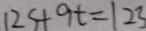
1 2 5 + 9 t = 1 2 3